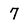
Character: 7